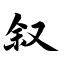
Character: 叙